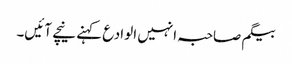
بیگم صاحبہ انہیں الوادع کہنے نیچے آئیں۔